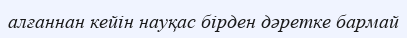
алғаннан кейін науқас бірден дәретке бармай